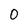
Character: 0